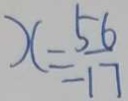
x = \frac { 5 6 } { 1 7 }